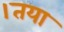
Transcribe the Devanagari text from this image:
।तया